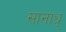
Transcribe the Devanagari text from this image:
सानाध्